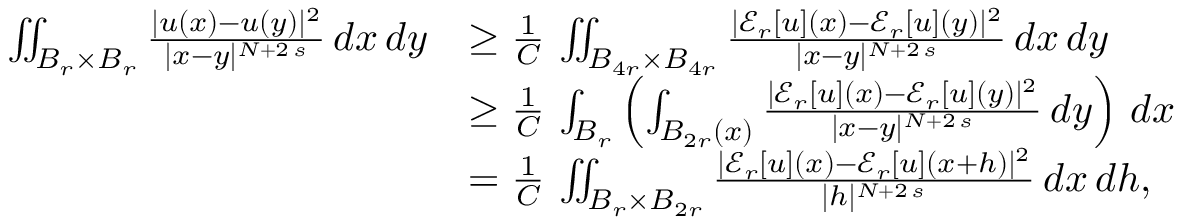
\begin{array} { r l } { \iint _ { B _ { r } \times B _ { r } } \frac { | u ( x ) - u ( y ) | ^ { 2 } } { | x - y | ^ { N + 2 \, s } } \, d x \, d y } & { \ge \frac { 1 } { C } \, \iint _ { B _ { 4 r } \times B _ { 4 r } } \frac { | \mathcal { E } _ { r } [ u ] ( x ) - \mathcal { E } _ { r } [ u ] ( y ) | ^ { 2 } } { | x - y | ^ { N + 2 \, s } } \, d x \, d y } \\ & { \ge \frac { 1 } { C } \, \int _ { B _ { r } } \left( \int _ { B _ { 2 r } ( x ) } \frac { | \mathcal { E } _ { r } [ u ] ( x ) - \mathcal { E } _ { r } [ u ] ( y ) | ^ { 2 } } { | x - y | ^ { N + 2 \, s } } \, d y \right) \, d x } \\ & { = \frac { 1 } { C } \, \iint _ { B _ { r } \times B _ { 2 r } } \frac { | \mathcal { E } _ { r } [ u ] ( x ) - \mathcal { E } _ { r } [ u ] ( x + h ) | ^ { 2 } } { | h | ^ { N + 2 \, s } } \, d x \, d h , } \end{array}